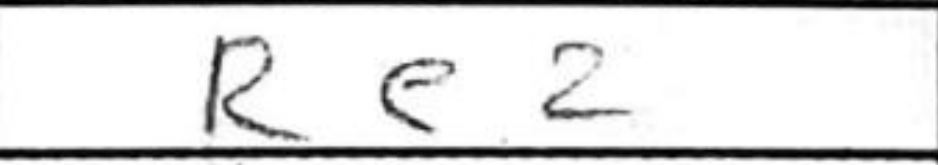
Transcription: Re2